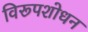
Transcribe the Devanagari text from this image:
विरूपशोधन